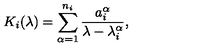
K _ { i } ( \lambda ) = \sum _ { \alpha = 1 } ^ { n _ { i } } \frac { a _ { i } ^ { \alpha } } { \lambda - \lambda _ { i } ^ { \alpha } } ,